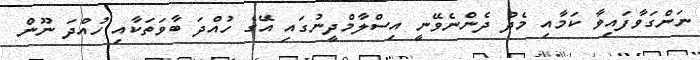
ނަންގަވާފައިވާ ކަމާއި މެދު ދެންނެވޭނީ އިސްލާމްދީނުގައި އޭގެ ހުއްދަ ބާވަތަކާއި ހުއްދަ ނޫން